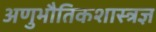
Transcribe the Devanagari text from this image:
अणुभौतिकशास्त्रज्ञ